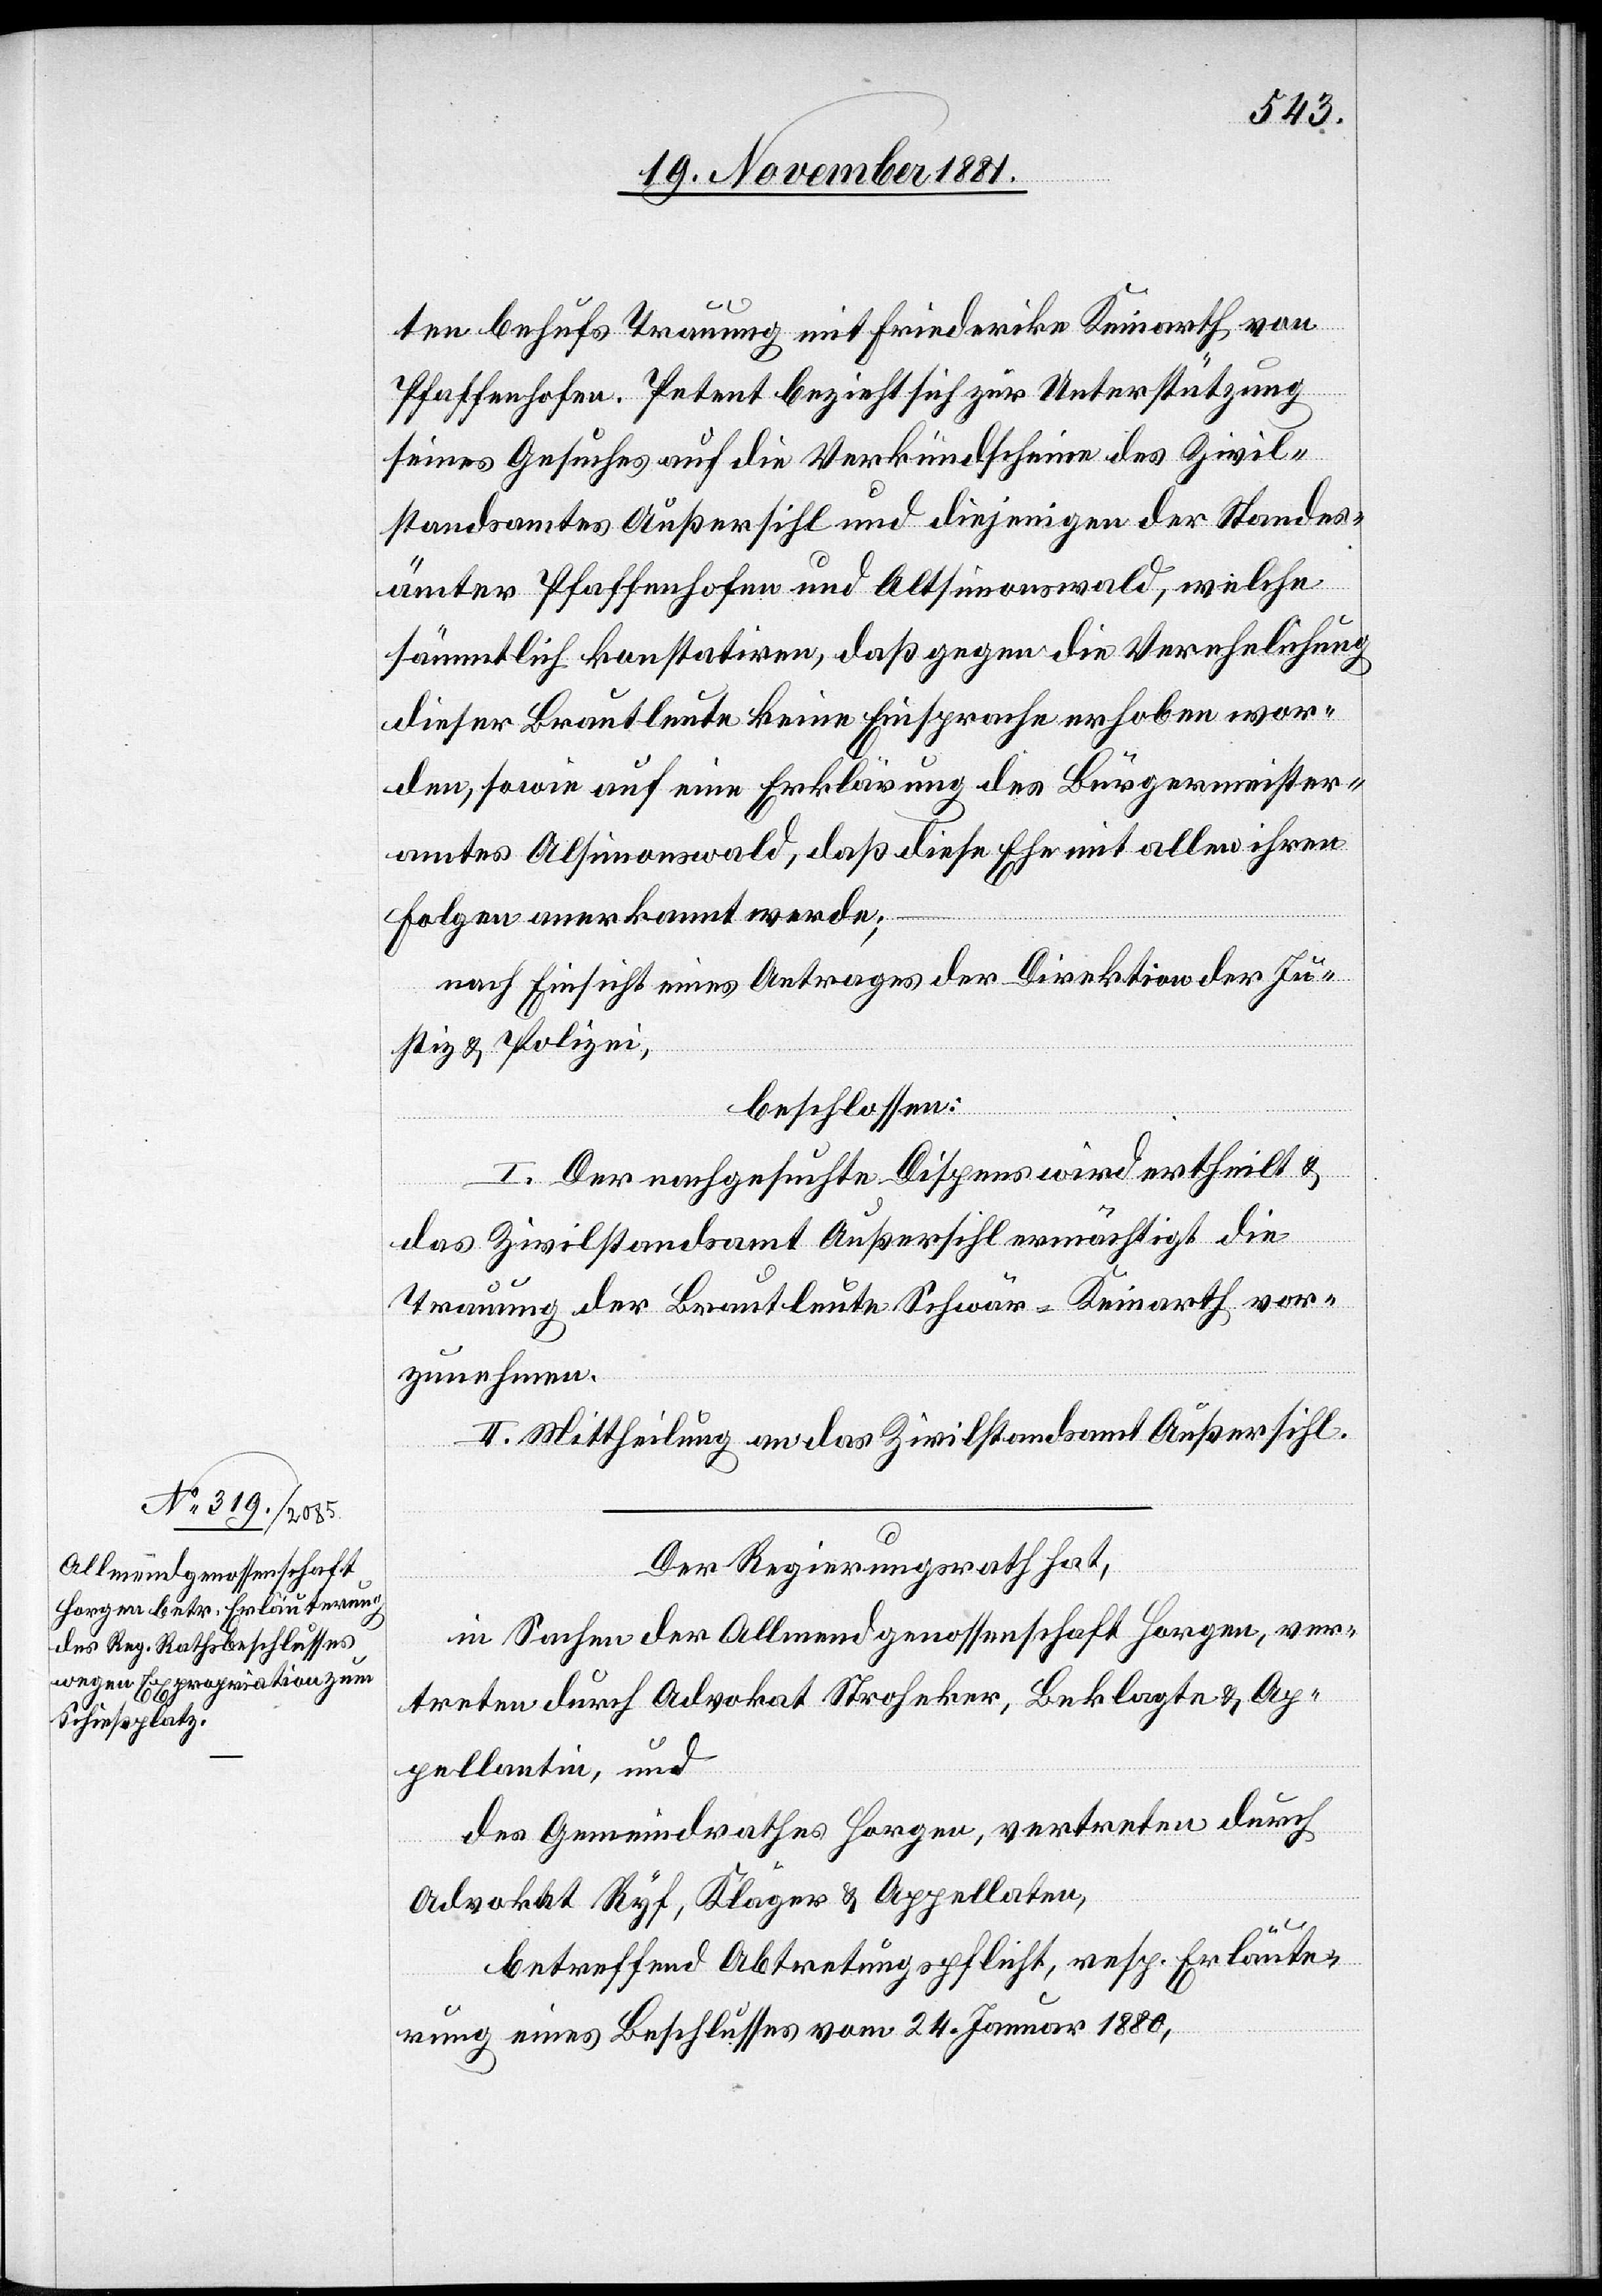
ten behufs Trauung mit Friederike Keinarth von
Pfaffenhofen. Petent bezieht sich zur Unterstützung
seines Gesuches auf die Verkündscheine des Zivil¬
standsamtes Außersihl und diejenigen der Standes¬
ämter Pfaffenhofen und Altsimonswald, welche
sämmtlich konstatiren, daß gegen die Verehelichung
dieser Brautleute keine Einsprache erhoben wor¬
den, sowie auf eine Erklärung des Bürgermeister¬
amtes Altsimonswald, daß diese Ehe mit allen ihren
Folgen anerkannt werde;
nach Einsicht eines Antrages der Direktion der Ju¬
stiz & Polizei,
beschlossen:
I. Der nachgesuchte Dispens wird ertheilt &
das Zivilstandsamt Außersihl ermächtigt die
Trauung der Brautleute Schwär-Keinarth vor¬
zunehmen.
II. Mittheilung an das Zivilstandsamt Außersihl.
Der Regierungsrath hat,
in Sachen der Allmendgenossenschaft Horgen, ver¬
treten durch Advokat Stroheker, Beklagte & Ap¬
pellantin, und
das Gemeindrathes Horgen, vertreten durch
Advokat Ryf, Kläger & Appellaten
betreffend Abtretungspflicht, resp. Erläute¬
rung eines Beschlusses vom 24. Januar 1880,